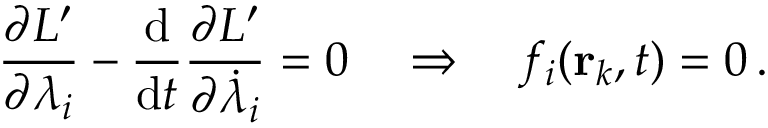
{ \frac { \partial L ^ { \prime } } { \partial \lambda _ { i } } } - { \frac { \mathrm { d } } { \mathrm { d } t } } { \frac { \partial L ^ { \prime } } { \partial { \dot { \lambda } } _ { i } } } = 0 \quad \Rightarrow \quad f _ { i } ( \mathbf { r } _ { k } , t ) = 0 \, .